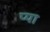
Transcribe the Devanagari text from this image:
प्या